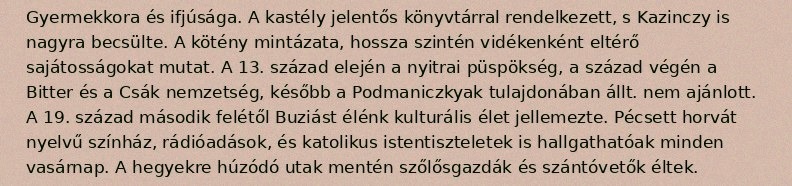
Gyermekkora és ifjúsága. A kastély jelentős könyvtárral rendelkezett, s Kazinczy is nagyra becsülte. A kötény mintázata, hossza szintén vidékenként eltérő sajátosságokat mutat. A 13. század elején a nyitrai püspökség, a század végén a Bitter és a Csák nemzetség, később a Podmaniczkyak tulajdonában állt. nem ajánlott. A 19. század második felétől Buziást élénk kulturális élet jellemezte. Pécsett horvát nyelvű színház, rádióadások, és katolikus istentiszteletek is hallgathatóak minden vasárnap. A hegyekre húzódó utak mentén szőlősgazdák és szántóvetők éltek.